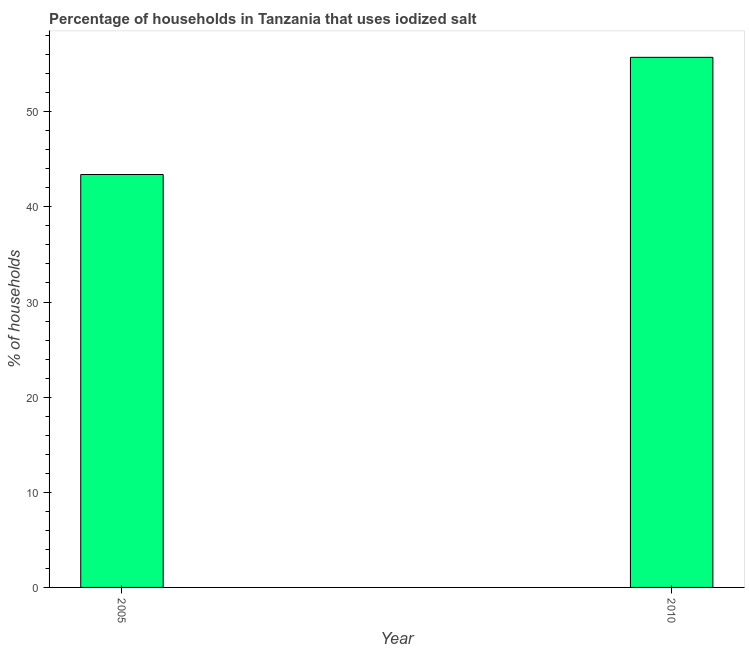
| Year | Consumption of iodized salt |
 | --- | --- |
 | 2005 | 43.4 |
 | 2010 | 55.7 |